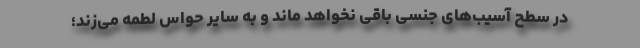
در سطح آسیب‌های جنسی باقی نخواهد ماند و به سایر حواس لطمه می‌زند؛